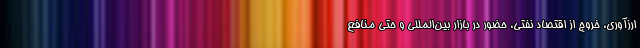
ارزآوری، خروج از اقتصاد نفتی، حضور در بازار بین‌المللی و حتی منافع